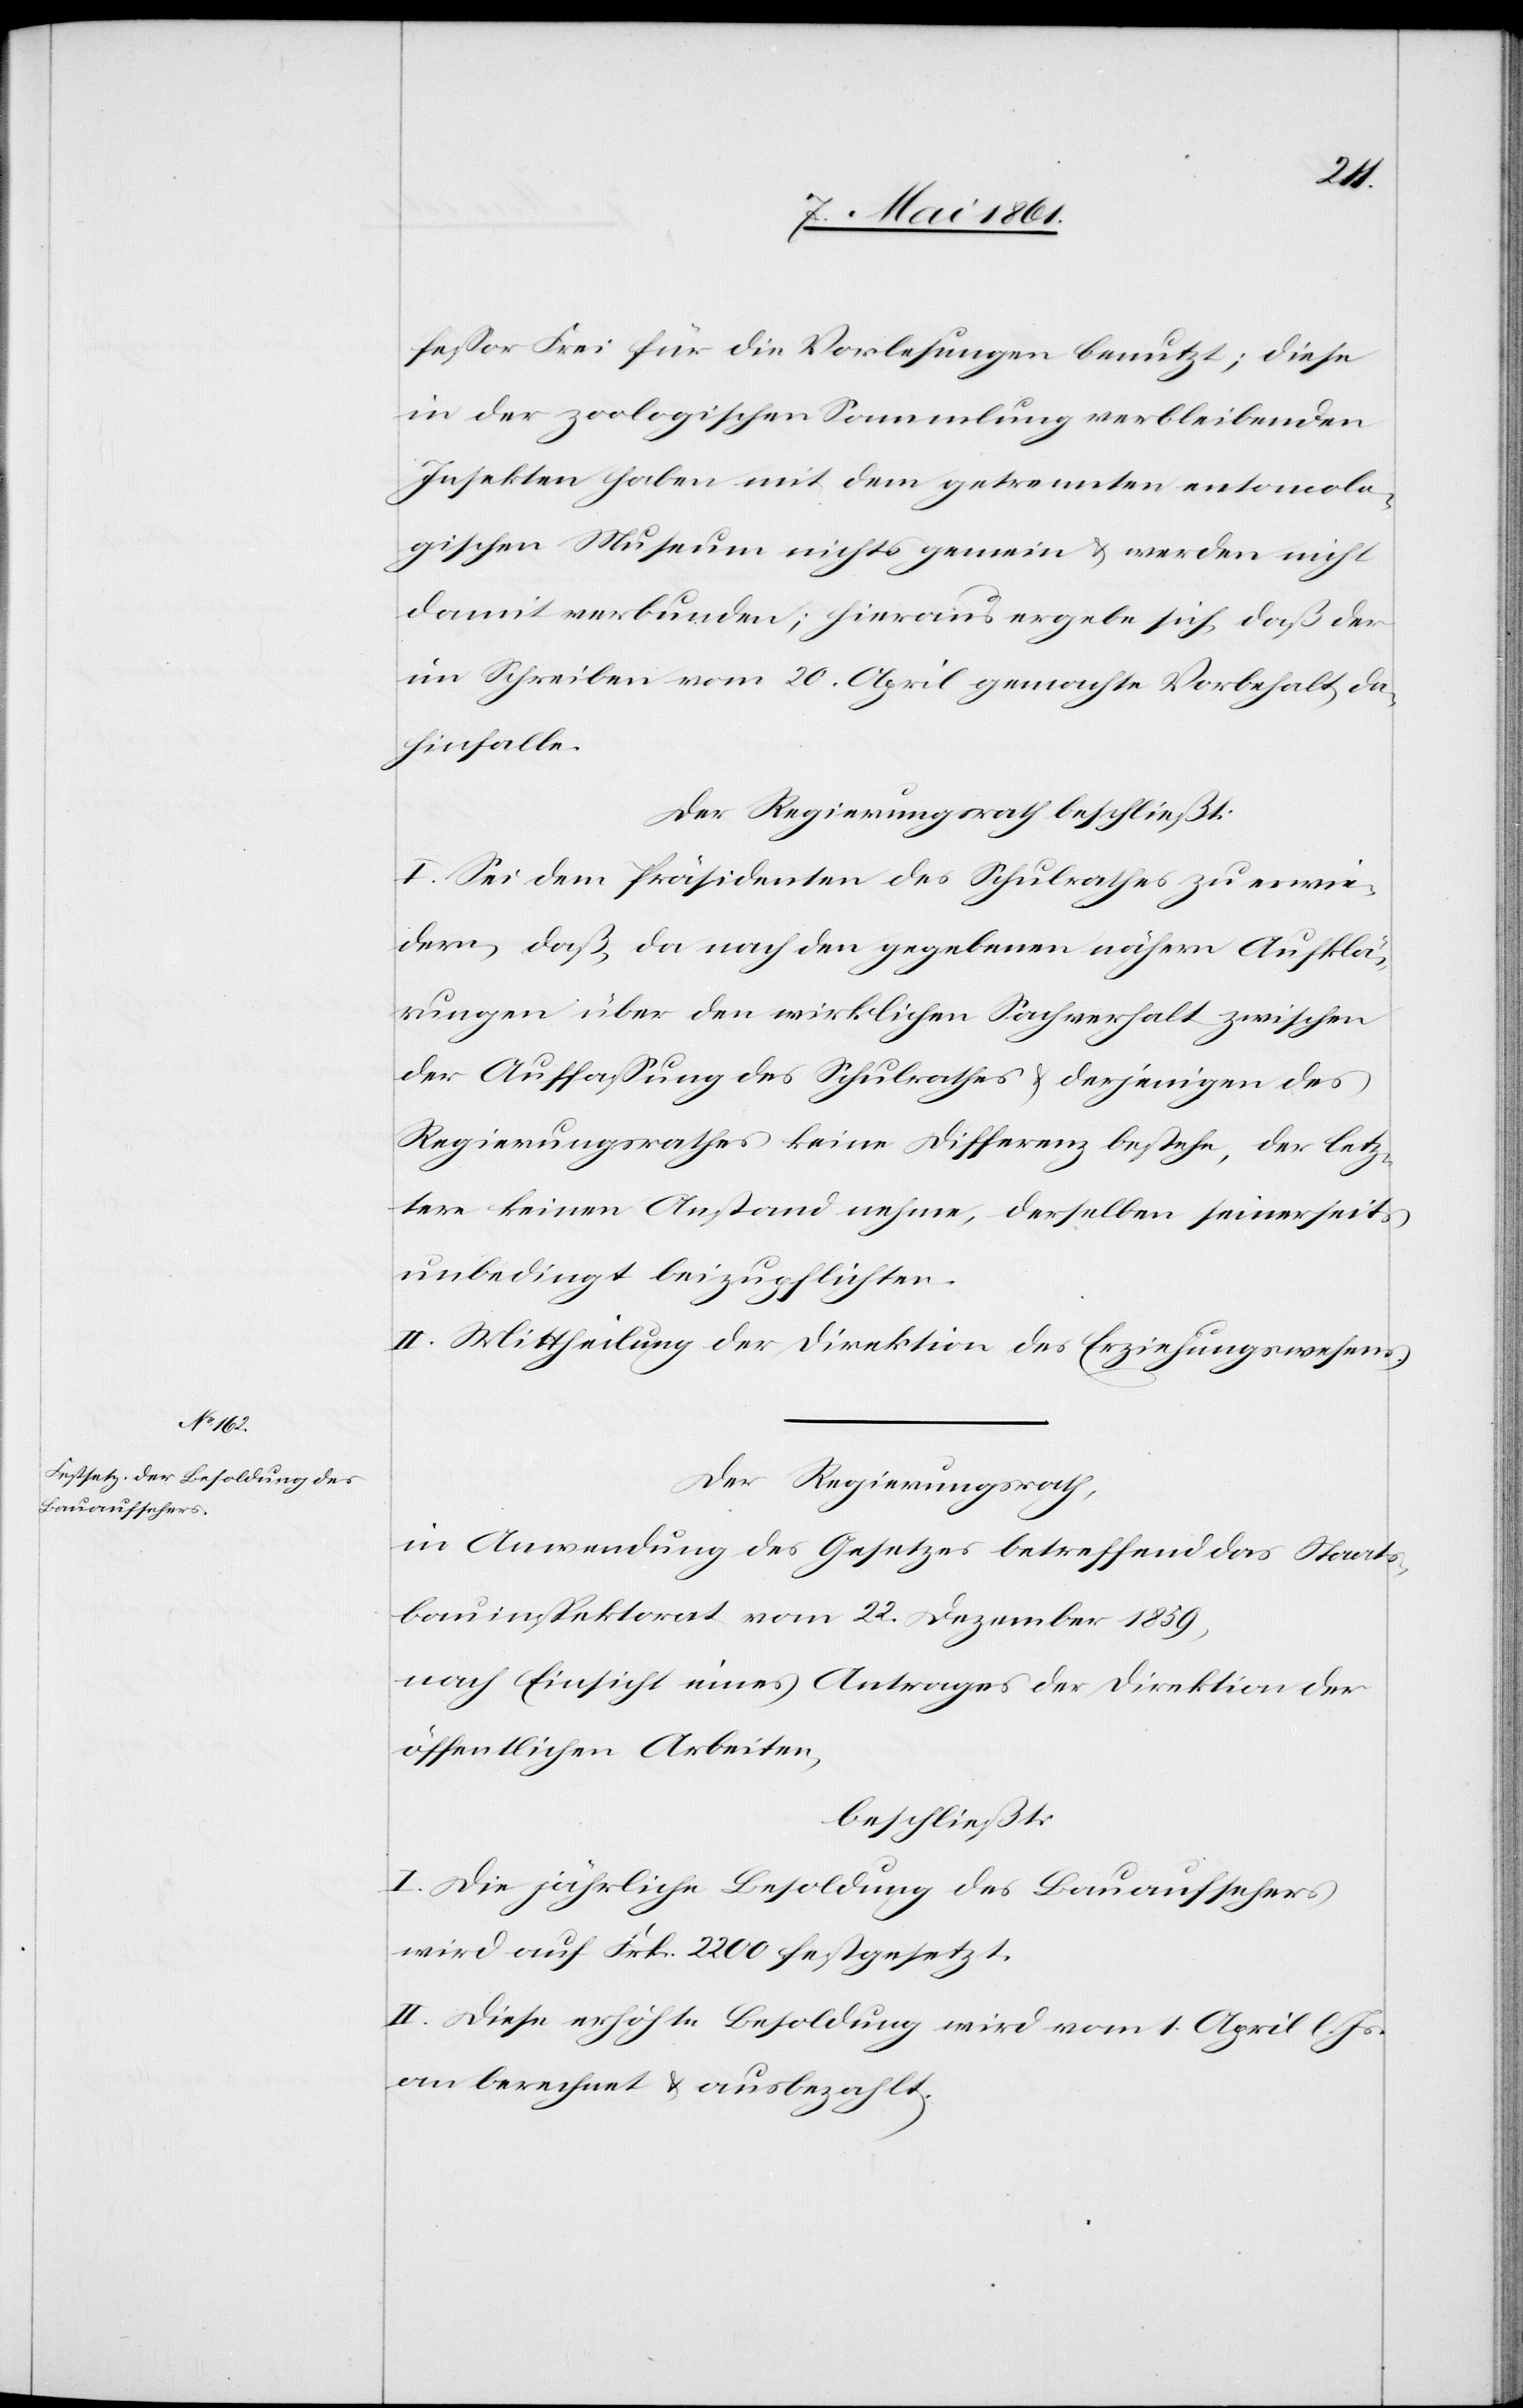
fessor Frei für die Vorlesungen benutzt; diese
in der zoologischen Sammlung verbleibenden
Insekten haben mit dem getrennten entomolo¬
gischen Museum nichts gemein u. werden nicht
damit verbunden; hieraus ergebe sich, daß der
im Schreiben vom 20. April gemachte Vorbehalt da¬
hinfalle.
Der Regierungsrath beschließt:
I. Sei dem Präsidenten des Schulrathes zu erwie¬
dern, daß, da nach den gegebenen nähern Aufklä¬
rungen über den wirklichen Sachverhalt zwischen
der Auffassung des Schulrathes u. derjenigen des
Regierungsrathes keine Differenz bestehe, der letz¬
tere keinen Anstand nehme, derselben seinerseits
unbedingt beizupflichten.
II. Mittheilung der Direktion des Erziehungswesens.
Der Regierungsrath,
in Anwendung des Gesetzes betreffend das Staats¬
bauinspektorat vom 22. Dezember 1859,
nach Einsicht eines Antrages der Direktion der
öffentlichen Arbeiten,
beschließt:
I. Die jährliche Besoldung des Bauaufsehers
wird auf Frk. 2200 festgesetzt.
II. Diese erhöhte Besoldung wird vom 1. April l. Js.
an berechnet u. ausbezahlt.